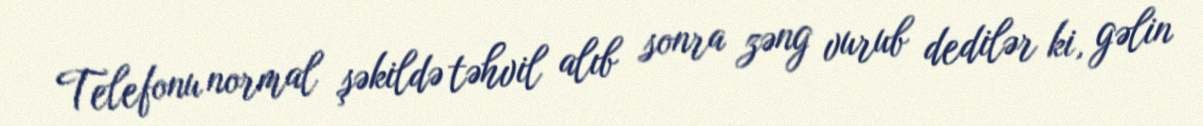
Telefonu normal şəkildə təhvil alıb sonra zəng vurub dedilər ki, gəlin